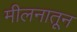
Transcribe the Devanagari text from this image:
मीलनातून